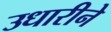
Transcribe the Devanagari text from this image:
उधारीने